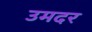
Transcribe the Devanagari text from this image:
उमदर